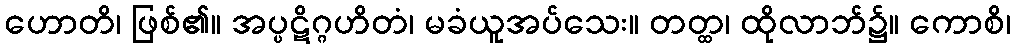
ဟောတိ၊ ဖြစ်၏။ အပ္ပဋိဂ္ဂဟိတံ၊ မခံယူအပ်သေး။ တတ္ထ၊ ထိုလာဘ်၌။ ကောစိ၊